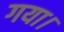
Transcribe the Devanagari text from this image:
गया।